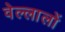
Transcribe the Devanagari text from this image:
वेल्लालों